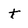
Character: t